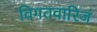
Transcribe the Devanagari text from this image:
विगतवारिजं